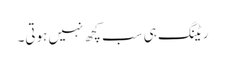
ریٹنگ ہی سب کچھ نہیں ہوتی۔